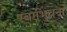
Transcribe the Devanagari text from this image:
स्वर्गभुवना